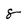
Character: 8